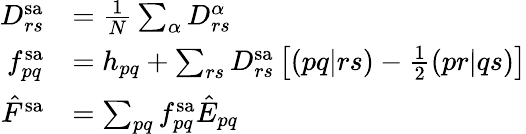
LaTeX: \begin{array}{rl}{D_{rs}^{\mathrm{sa}}}&{=\frac{1}{N}\sum_{\alpha}D_{rs}^{\alpha}}\\ {f_{pq}^{\mathrm{sa}}}&{=h_{pq}+\sum_{rs}D_{rs}^{\mathrm{sa}}\left[(pq|rs)-\frac{1}{2}(pr|qs)\right]}\\ {\hat{F}^{\mathrm{sa}}}&{=\sum_{pq}f_{pq}^{\mathrm{sa}}\hat{E}_{pq}}\end{array}